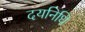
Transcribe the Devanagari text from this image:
दयनिधि